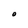
Character: O